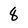
Character: 8